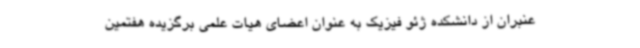
عنبران از دانشکده ژئو فیزیک به عنوان اعضای هیات علمی برگزیده هفتمین